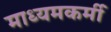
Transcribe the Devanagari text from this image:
माध्यमकर्मी